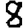
Digit: 8